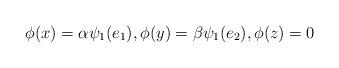
LaTeX: \begin{align*}\phi(x) = \alpha \psi_1(e_1),\phi(y) = \beta \psi_1(e_2),\phi(z) = 0\end{align*}